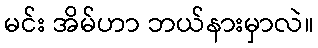
မင်း အိမ်ဟာ ဘယ်နားမှာလဲ။